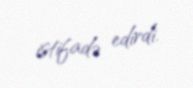
istifadə edirdi.